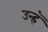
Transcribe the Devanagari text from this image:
उन्हॅ